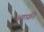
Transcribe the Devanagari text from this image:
आफ़ी